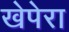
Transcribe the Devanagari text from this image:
खेपेरा